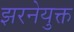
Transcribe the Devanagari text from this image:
झरनेयुक्त